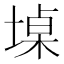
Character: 𮰨